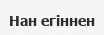
Нан егіннен